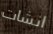
انشات